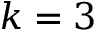
k = 3